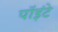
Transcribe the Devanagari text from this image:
पॉइंटे